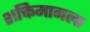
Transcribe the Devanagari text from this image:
शक्तिमानला